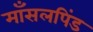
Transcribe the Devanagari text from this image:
माँसलपिंड